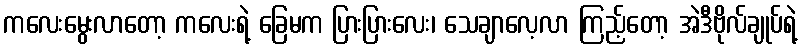
ကလေးမွေးလာတော့ ကလေးရဲ့ ခြေမက ပြားပြားလေး၊ သေချာလေ့လာ ကြည့်တော့ အဲဒီဗိုလ်ချုပ်ရဲ့